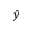
\hat { y }